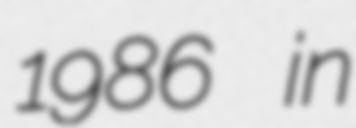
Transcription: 1986 in